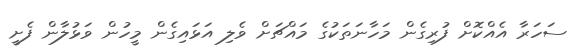
ސަހަރާ އެއްކޮށް ފުރިގެން މަހާނަތަކުގެ މައްޗަށް ވެލި އަޅައިގެން މީހުން ވަޅުލާން ފެށީ